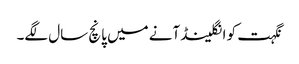
نگہت کو انگلینڈ آنے میں پانچ سال لگے۔